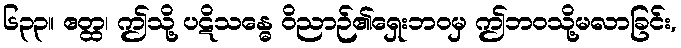
၆၃၃။ ဧတ္ထ၊ ဤသို့ ပဋိသန္ဓေ ဝိညာဉ်၏ရှေးဘဝမှ ဤဘဝသို့မလာခြင်း,